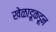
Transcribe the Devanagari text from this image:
खेळाडूकडून